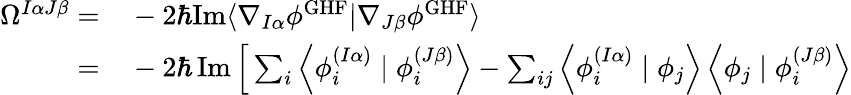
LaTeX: \begin{array}{rl}{\Omega^{I\alpha J\beta}=}&{{}-2\hbar\mathrm{Im}\langle\nabla_{I\alpha}\phi^{\mathrm{GHF}}|\nabla_{J\beta}\phi^{\mathrm{GHF}}\rangle}\\ {=}&{{}-2\hbar\operatorname{Im}\Big[\sum_{i}\left\langle\phi_{i}^{(I\alpha)}\mid\phi_{i}^{(J\beta)}\right\rangle-\sum_{ij}\left\langle\phi_{i}^{(I\alpha)}\mid\phi_{j}\right\rangle\left\langle\phi_{j}\mid\phi_{i}^{(J\beta)}\right\rangle}\end{array}